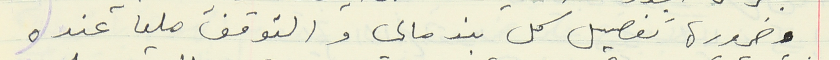
وضرورة تفصيل كل بند مالي والتوقف مليا عنده